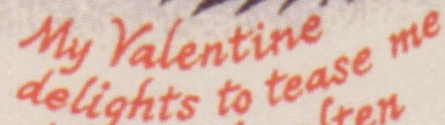
delights to tease me